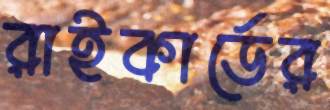
রাইকার্ডের